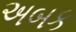
અબક